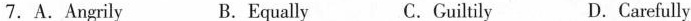
7. A. Angrily B. Equally C. Guiltily D. Carefully